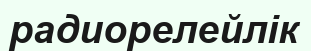
радиорелейлік